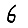
Digit: 6